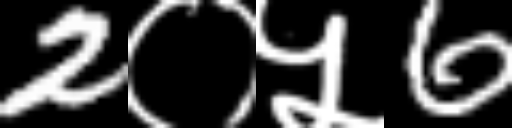
Text: 2०५6